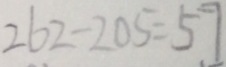
2 6 2 - 2 0 5 = 5 7